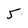
Character: 5